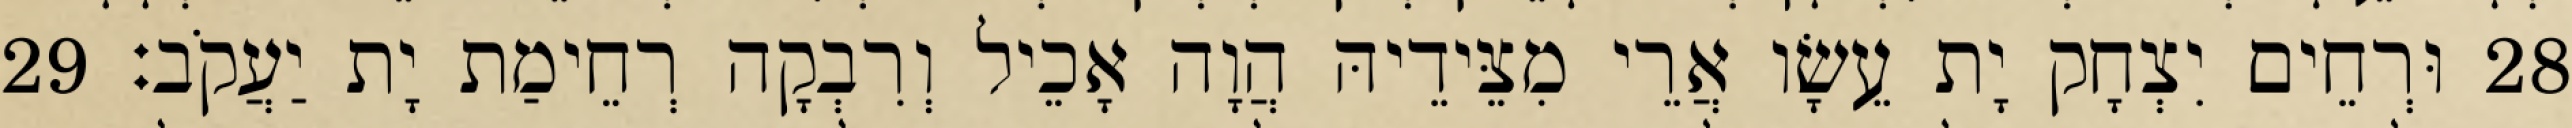
28 וּרְחֵים יִצְחָק יָת עֵשָׂו אֲרֵי מִצֵּידֵיהּ הֲוָה אָכֵיל וְרִבְקָה רְחֵימַת יָת יַעֲקֹב׃ 29